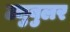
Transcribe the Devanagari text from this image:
ट्युबुलर